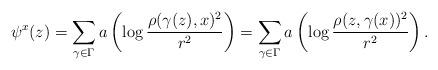
LaTeX: \begin{align*} \psi^x(z)=\sum_{\gamma\in\Gamma} a\left(\log\frac{\rho(\gamma(z),x)^2}{r^2}\right) = \sum_{\gamma\in\Gamma} a\left(\log\frac{\rho(z,\gamma(x))^2}{r^2}\right).\end{align*}